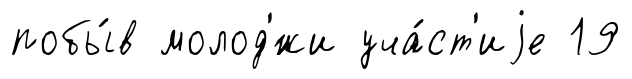
побы́в молод'́жи уча́ст'иjе 19